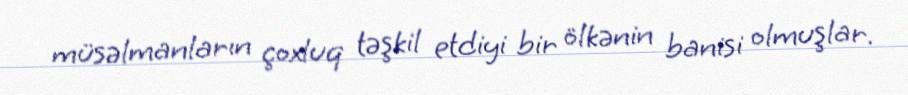
müsəlmanların çoxluq təşkil etdiyi bir ölkənin banisi olmuşlar.